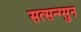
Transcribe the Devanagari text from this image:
सत्सन्ग्सुन